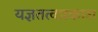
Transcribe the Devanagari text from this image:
यज्ञतत्वप्रकाश